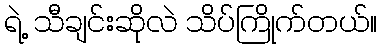
ရဲ့ သီချင်းဆိုလဲ သိပ်ကြိုက်တယ်။